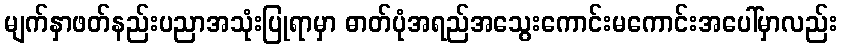
မျက်နှာဖတ်နည်းပညာအသုံးပြုရာမှာ ဓာတ်ပုံအရည်အသွေးကောင်းမကောင်းအပေါ်မှာလည်း